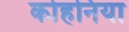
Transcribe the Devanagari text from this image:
कोहनिया